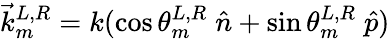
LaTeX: \vec{k}_{m}^{L,R}=k(\cos\theta_{m}^{L,R}\; \hat{n}+\sin\theta_{m}^{L,R}\; \hat{p})